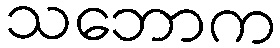
သဘောက